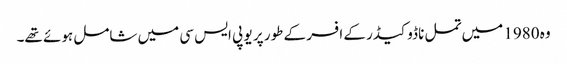
وہ 1980 میں تمل ناڈو کیڈر کے افسر کے طور پر یو پی ایس سی میں شامل ہوئے تھے۔